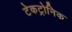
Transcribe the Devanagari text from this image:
टेकट्रोनिक